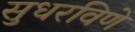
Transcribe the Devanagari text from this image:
सुधरविणे